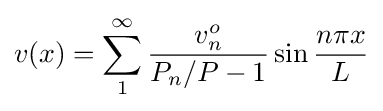
v(x)=\sum _{1}^{\infty }{\frac {v_{n}^{o}}{P_{n}/P-1}}\sin {\frac {n\pi x}{L}}